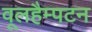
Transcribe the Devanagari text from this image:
वूलहैम्पटन